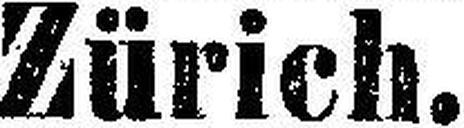
Zürich.